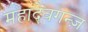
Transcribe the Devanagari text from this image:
महादेवगन्ज़